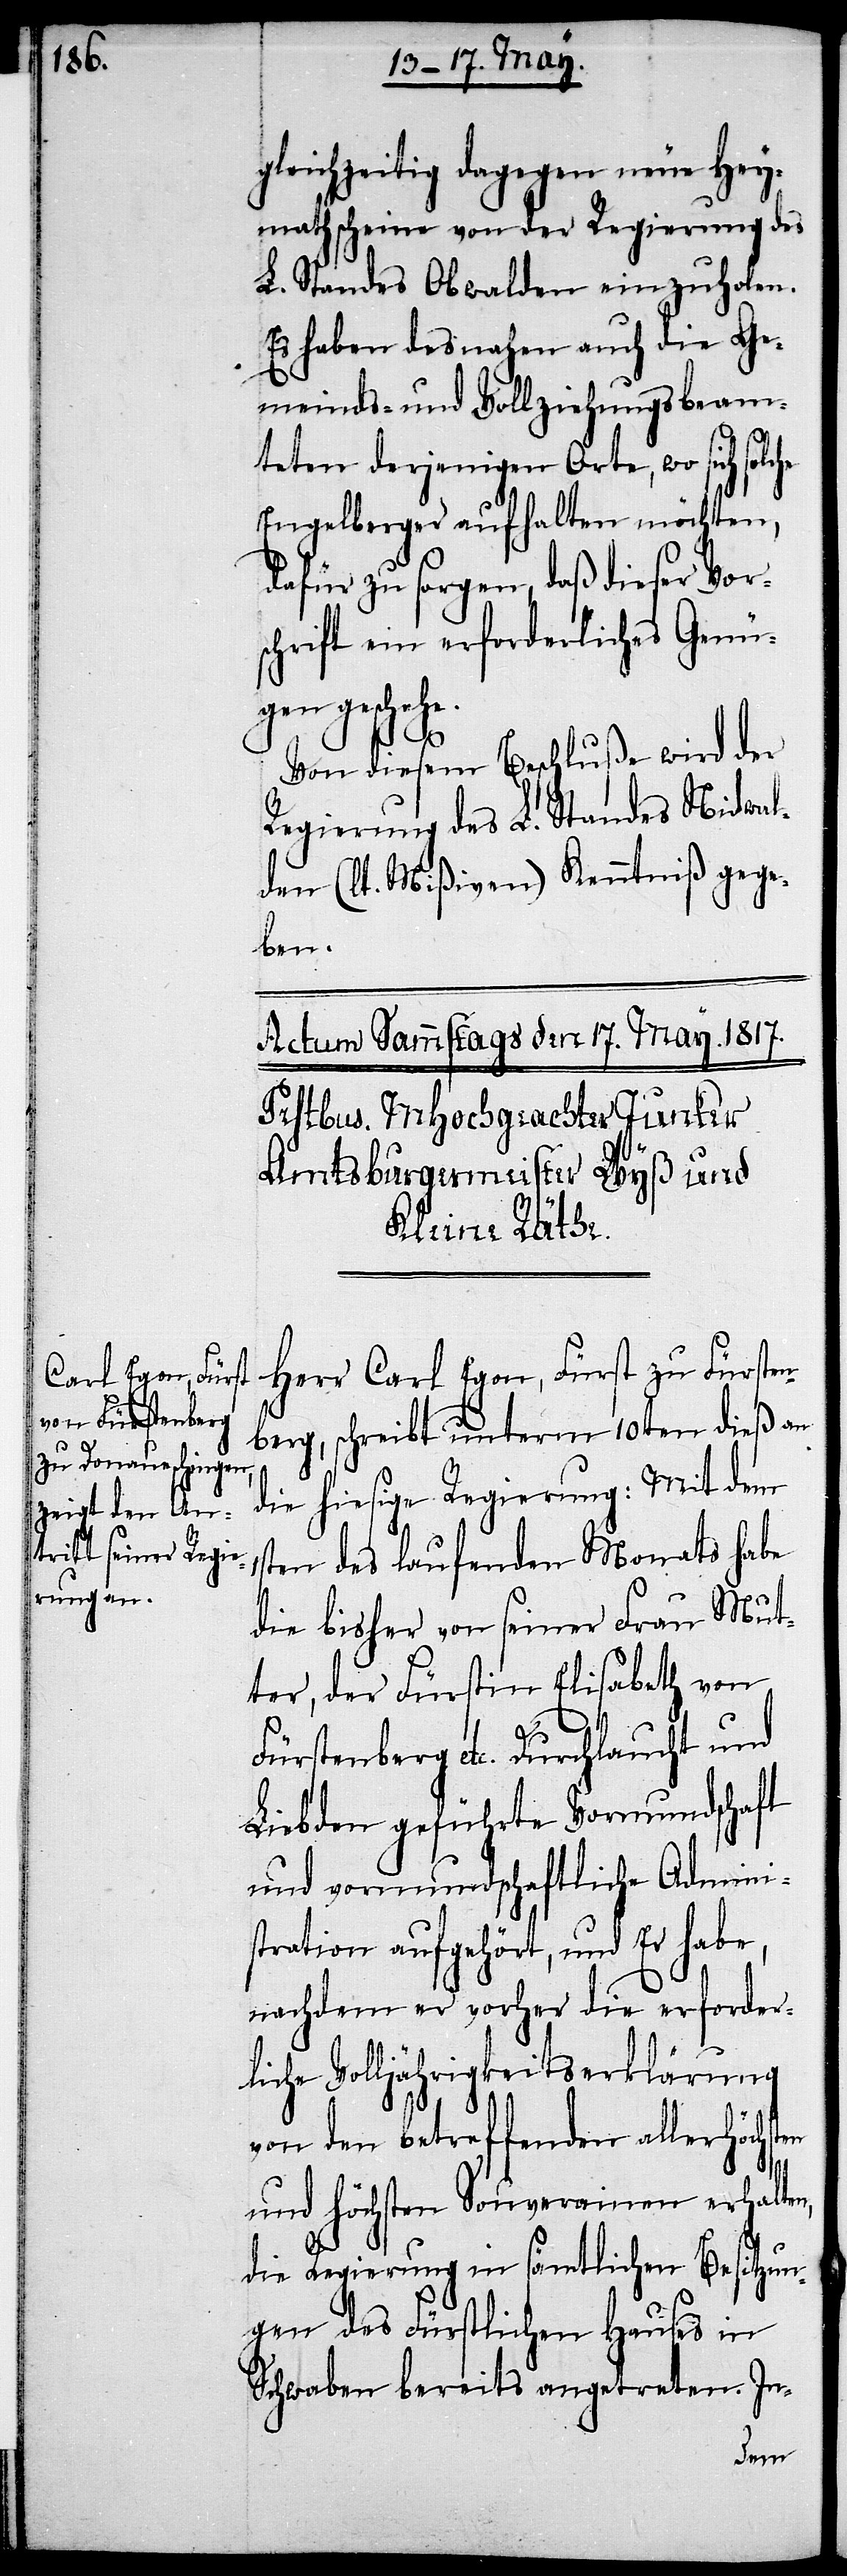
gleichzeitig dagegen neue Hey¬
mathscheine von der Regierung des
L. Standes Obwalden einzuholen.
Es haben desnahen auch die Ge¬
meinds- und Vollziehungsbeam¬
teten derjenigen Orte, wo sich, solc¬
Engelberger aufhalten möchten,
dafür zu sorgen, daß dieser Vor¬
schrift ein erforderliches Genü¬
gen geschehe.
Von diesem Beschluße wird der
Regierung des L. Standes Nidwal¬
den (lt. Mißiven) Kenntniß gege¬
ben.
Herr Carl Egon, Fürst zu Fürsten¬
berg, schreibt unterm 10ten dieß an
die hiesige Regierung: Mit dem
1sten des laufenden Monats habe
die bisher von seiner Frau Mut¬
ter, der Fürstin Elisabeth von
he
Fürstenberg etc. Durchlaucht und
Liebden geführte Vormundschaft
und vormundschaftliche Admini¬
stration aufgehört, und Er habe,
nachdem er vorher die erforder¬
liche Volljährigkeitserklärung
von den betreffenden allerhöchs¬
und höchsten Souverainen erhalten,
die Regierung in sämtlichen Besitzun¬
gen des Fürstlichen Hauses in
Schwaben bereits angetreten. In-
ten